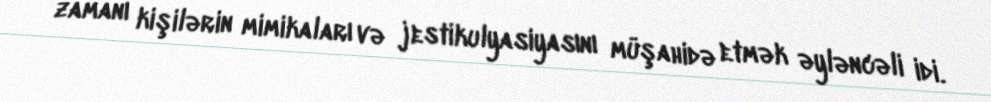
zamanı kişilərin mimikaları və jestikulyasiyasını müşahidə etmək əyləncəli idi.